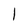
Character: l